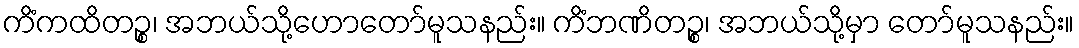
ကိံကထိတဉ္စ၊ အဘယ်သို့ဟောတော်မူသနည်း။ ကိံဘဏိတဉ္စ၊ အဘယ်သို့မှာ တော်မူသနည်း။